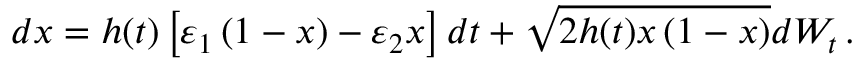
d x = h ( t ) \left[ \varepsilon _ { 1 } \left( 1 - x \right) - \varepsilon _ { 2 } x \right] d t + \sqrt { 2 h ( t ) x \left( 1 - x \right) } d W _ { t } \, .